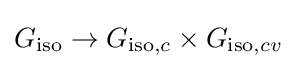
G_{\text{iso}}\rightarrow G_{{\text{iso}},c}\times G_{{\text{iso}},cv}